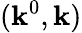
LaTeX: (\mathbf{k}^{0},\mathbf{{\mathbf{k}}})